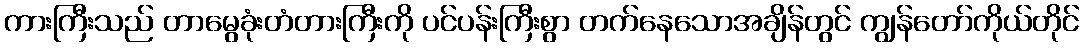
ကားကြီးသည် တာမွေခုံးတံတားကြီးကို ပင်ပန်းကြီးစွာ တက်နေသောအချိန်တွင် ကျွန်တော်ကိုယ်တိုင်